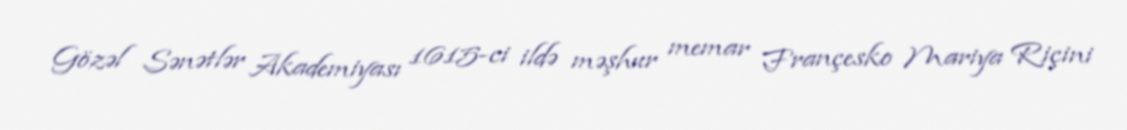
Gözəl Sənətlər Akademiyası 1615-ci ildə məşhur memar Françesko Mariya Riçini